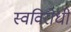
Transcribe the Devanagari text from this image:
स्वविरोधी